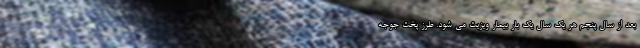
بعد از سال پنجم هر یک سال یک بار بیمار ویزیت می شود. طرز پخت جوجه